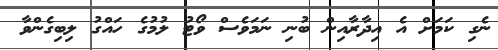
ނެގި ކަމަށް އެ އިދާރާއިން ބުނި ނަމަވެސް ވޯޓު ލުމުގެ ހައްގު ލިބިގެންވާ